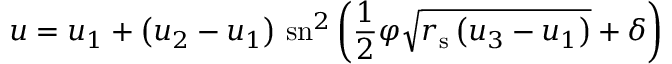
u = u _ { 1 } + \left( u _ { 2 } - u _ { 1 } \right) \, \mathrm { s n } ^ { 2 } \left( { \frac { 1 } { 2 } } \varphi { \sqrt { r _ { \mathrm { { s } } } \left( u _ { 3 } - u _ { 1 } \right) } } + \delta \right)